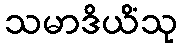
သမာဒိယိံသု